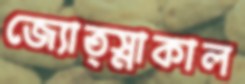
জ্যোত্স্নাকাল